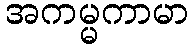
အကမ္မကာမာ